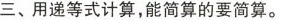
三、用递等式计算，能简算的要简算。